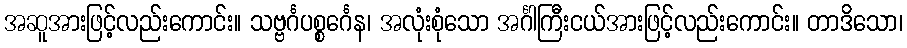
အဆူအားဖြင့်လည်းကောင်း။ သဗ္ဗင်္ဂပစ္စင်္ဂေန၊ အလုံးစုံသော အင်္ဂါကြီးငယ်အားဖြင့်လည်းကောင်း။ တာဒိသော၊